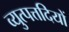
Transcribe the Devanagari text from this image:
व्युत्पत्तदियों